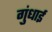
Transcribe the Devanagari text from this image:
गुंधाई